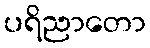
ပရိညာတော